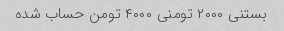
بستنی ۲۰۰۰ تومنی ۴۰۰۰ تومن حساب شده